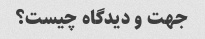
جهت و دیدگاه چیست؟